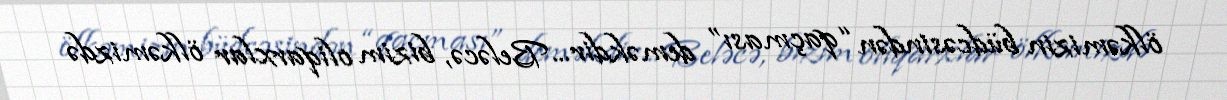
ölkəmizin büdcəsindən “qaçması” deməkdir... Beləcə, bizim oliqarxlar ölkəmizdə